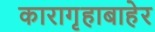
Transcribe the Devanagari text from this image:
कारागृहाबाहेर